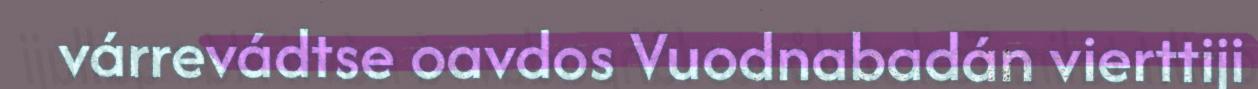
várrevádtse oavdos Vuodnabadán vierttiji